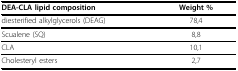
| DEA-CLA lipid composition | Weight % |
 | --- | --- |
 | diesterified alkylglycerols (DEAG) | 78,4 |
 | Scualene (SQ) | 8,8 |
 | CLA | 10,1 |
 | Cholesteryl esters | 2,7 |